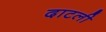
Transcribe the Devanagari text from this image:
दाटली